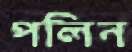
পলিন